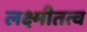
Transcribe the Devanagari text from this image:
लक्ष्मीतत्व